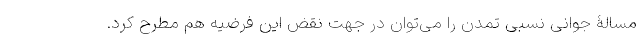
مسالۀ جوانیِ نسبی تمدن را می‌توان در جهت نقض این فرضیه هم مطرح کرد.